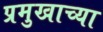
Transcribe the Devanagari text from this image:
प्रमुखाच्या